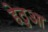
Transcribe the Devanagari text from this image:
हेठुआ